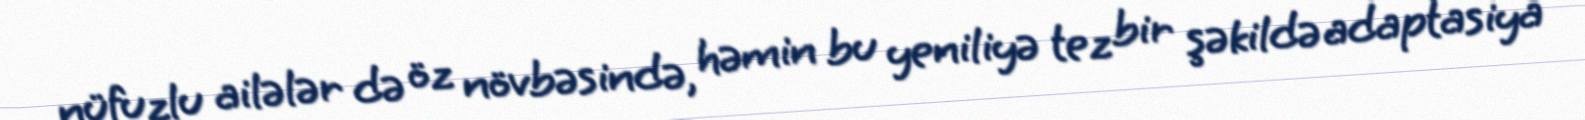
nüfuzlu ailələr də öz növbəsində, həmin bu yeniliyə tez bir şəkildə adaptasiya